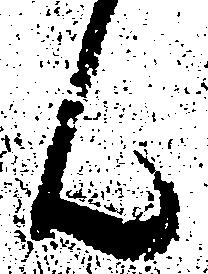
ん